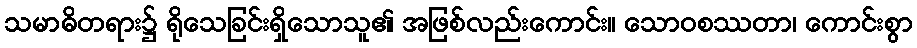
သမာဓိတရား၌ ရိုသေခြင်းရှိသောသူ၏ အဖြစ်လည်းကောင်း။ သောဝစဿတာ၊ ကောင်းစွာ